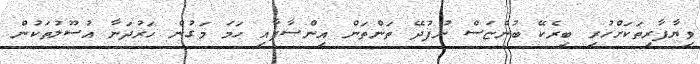
ވިޔާފާރިތަކަށްހުރި ބިރެކޭ ބުންޏަސް ނުފުދޭ ތަންތަން އިންސާފާއި ހަމަ މަގުން ހަރުދަނާ އުސޫލުތަކުން